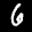
Label: 6